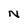
Character: N